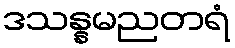
ဒသန္နမညတရံ